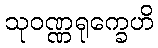
သုဝဏ္ဏရုက္ခေဟိ